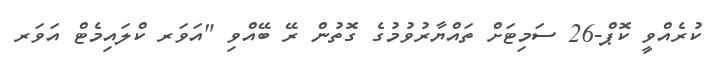
ކުރެއްވީ ކޮޕް-26 ސަމިޓަށް ތައްޔާރުވުމުގެ ގޮތުން ރޭ ބޭއްވި "އަވަރ ކްލައިމެޓް އަވަރ